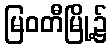
မြဝတီမြို့၌